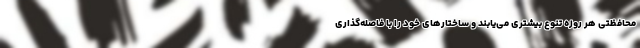
محافظتی هر روزه تنوع بیشتری می‌یابند و ساختارهای خود را با فاصله‌گذاری